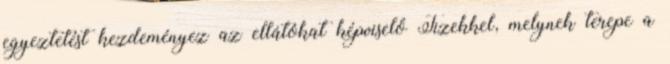
egyeztetést kezdeményez az ellátókat képviselő Tizekkel, melynek terepe a